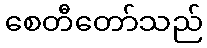
စေတီတော်သည်